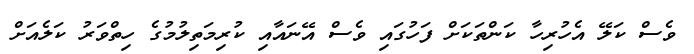
ވެސް ކަލޭ އެހުރިހާ ކަންތަކަށް ފަހުގައި ވެސް އޭނައާއި ކުރިމަތިލުމުގެ ހިތްވަރު ކަލެއަށް